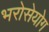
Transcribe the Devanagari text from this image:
भरोसेयोग